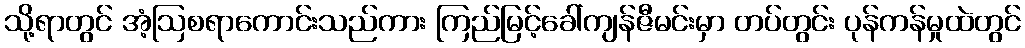
သို့ရာတွင် အံ့ဩစရာကောင်းသည်ကား ကြည်မြင့်ခေါ်ကျန်ဇီမင်းမှာ တပ်တွင်း ပုန်ကန်မှုထဲတွင်